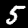
Digit: 5